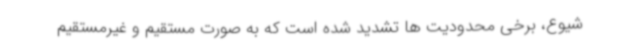
شیوع، برخی محدودیت ها تشدید شده است که به صورت مستقیم و غیرمستقیم